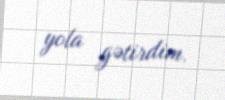
yola gətirdim.